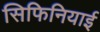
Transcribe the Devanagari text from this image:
सिफिनियाई